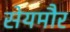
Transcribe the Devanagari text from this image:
सेयमौर